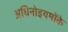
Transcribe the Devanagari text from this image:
अधिनोइयमोंके